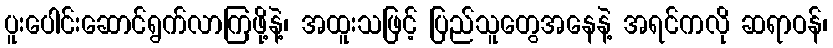
ပူးပေါင်းဆောင်ရွက်လာကြဖို့နဲ့၊ အထူးသဖြင့် ပြည်သူတွေအနေနဲ့ အရင်ကလို ဆရာဝန်၊